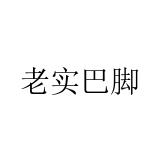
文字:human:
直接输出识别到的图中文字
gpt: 老实巴脚